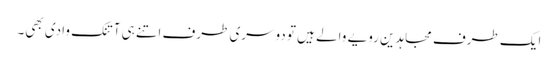
ایک طرف مجاہدین رویے والے ہیں تو دوسری طرف اتنے ہی آتنک وادی بھی۔